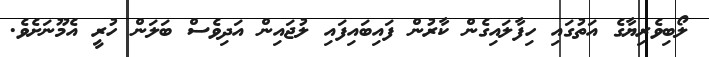
ލޯބިވެރިޔާގެ އަތުގައި ހިފާލައިގެން ކާރުން ފައިބައިފައި ލުޖައިން އަދިވެސް ބަލަން ހުރީ އެމޫނަށެވެ.